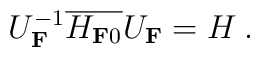
U^{{-1}}_{\bf F} \overline{H_{{\bf F}0}}{U}_{\bf F} = H \:.